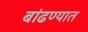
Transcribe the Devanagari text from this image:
बांढण्यात